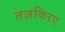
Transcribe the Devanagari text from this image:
तजकिरए